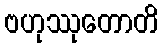
ဗဟုဿုတောတိ